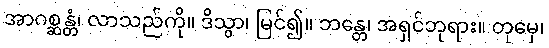
အာဂစ္ဆန္တံ၊ လာသည်ကို။ ဒိသွာ၊ မြင်၍။ ဘန္တေ၊ အရှင်ဘုရား။ တုမှေ၊